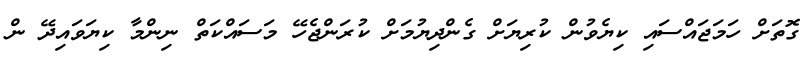
ގޮތަށް ހަމަޖައްސައި ކިޔެވުން ކުރިޔަށް ގެންދިޔުމަށް ކުރަންޖެހޭ މަސައްކަތް ނިންމާ ކިޔަވައިދޭ ން